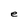
Character: e